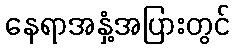
နေရာအနှံ့အပြားတွင်